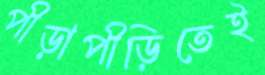
পীড়াপীড়িতেই